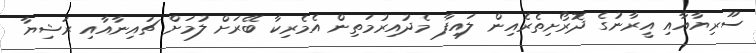
ސޫރިޔާއާއި އީރާނުގެ ދޮރޯށިތެރެއިން ލައިފާ މެދުއިރުމަތިން އެމެރިކާ ބޭރަށް ލުމަށް ޗައިނާއާއި ރަޝިޔާ